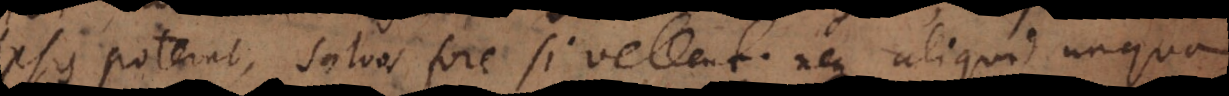
ipsis poterant, salvos fore si vellent; neque aliquid unquam